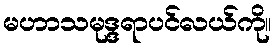
မဟာသမုဒ္ဒရာပင်လယ်ကို။